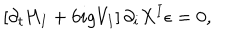
\left[ \partial _ { t } H _ { I } + 6 i g V _ { I } \right] \partial _ { i } X ^ { I } \epsilon = 0 ,